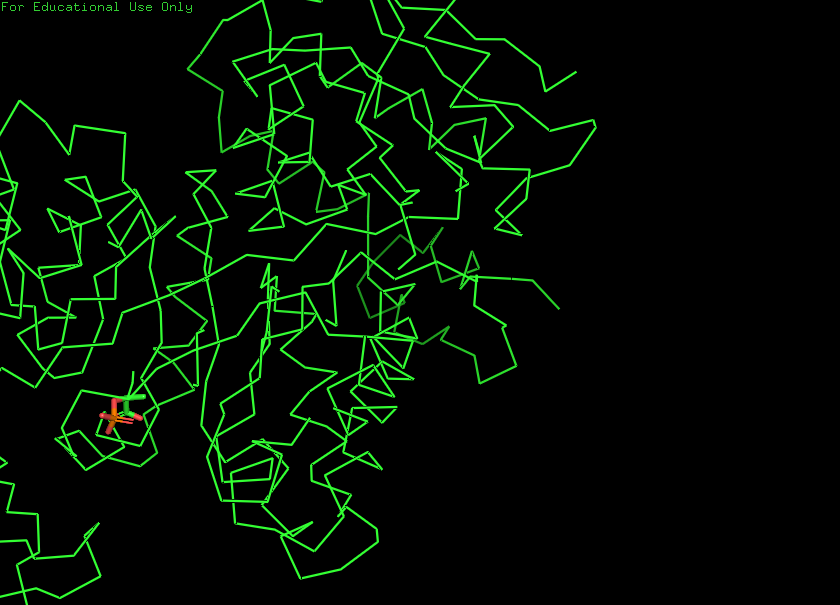
pymol, preset, simple_no_solv